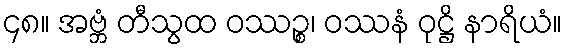
၄၈။ အဗ္ဘံ တီသွထ ဝဿဉ္စ၊ ဝဿနံ ဝုဋ္ဌိ နာရိယံ။